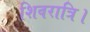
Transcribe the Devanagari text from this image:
शिवरात्रि।